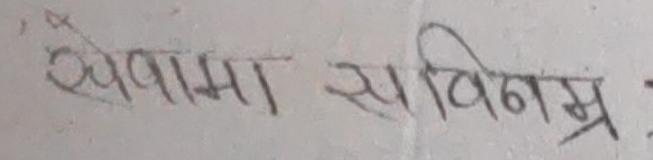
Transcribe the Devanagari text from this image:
खुवामा सविनम्र: